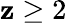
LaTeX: \mathbf{z}\ge2